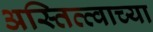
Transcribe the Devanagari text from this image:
अस्तित्त्वाच्या